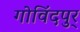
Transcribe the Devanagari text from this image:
गोविंदपुर्